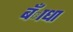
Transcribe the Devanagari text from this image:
बँाधा